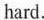
hard.